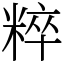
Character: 粹